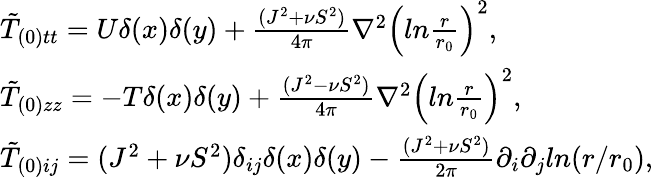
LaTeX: \begin{array}{ll}{{\tilde{T}_{(0)tt}=U\delta(x)\delta(y)+\frac{(J^{2}+\nu S^{2})}{4\pi}\nabla^{2}\left(ln\frac{r}{r_{0}}\right)^{2},}}\\ {{\tilde{T}_{(0)zz}=-T\delta(x)\delta(y)+\frac{(J^{2}-\nu S^{2})}{4\pi}\nabla^{2}\left(ln\frac{r}{r_{0}}\right)^{2},}}\\ {{\tilde{T}_{(0)ij}=(J^{2}+\nu S^{2})\delta_{ij}\delta(x)\delta(y)-\frac{(J^{2}+\nu S^{2})}{2\pi}\partial_{i}\partial_{j}ln(r/r_{0}),}}\end{array}